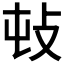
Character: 𢻴